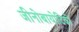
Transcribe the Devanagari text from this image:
जीनोबायोटिकों